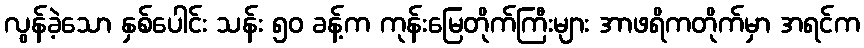
လွန်ခဲ့သော နှစ်ပေါင်း သန်း ၅၀ ခန့်က ကုန်းမြေတိုက်ကြီးများ အာဖရိကတိုက်မှာ အရင်က